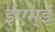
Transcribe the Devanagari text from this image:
ईएम्‌ई